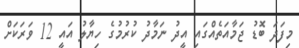
މިފަދަ ބޮޑު ޖަމާއަތެއްގައި އީދު ނަމާދު ކުރުމުގެ ހިޔާލު އައީ 12 ވަރަކަށް